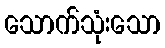
သောက်သုံးသော